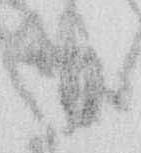
日